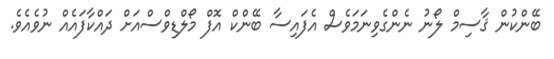
ބޭންކުން ޤާސިމް ލޯނު ނެންގެވިނަމަވެސް އެފައިސާ ބޭންކް އޮފް މޯލްޑިވްސްއަށް ދައްކާފައެއް ނުވެއެވެ.